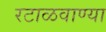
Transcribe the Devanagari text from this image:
रटाळवाण्या